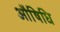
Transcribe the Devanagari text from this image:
औषिधि